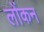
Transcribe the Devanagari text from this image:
लोंकन